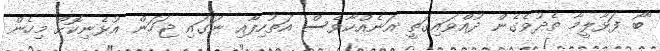
"ބޯ ފަޅާލީމާ ތެދުވެގެން ދުއްވައިގަތީ އަނެއްކާވެސް އަތުހިފާއި ނަގައި ޖަހަން އުޅެނިކޮށް މިހެން